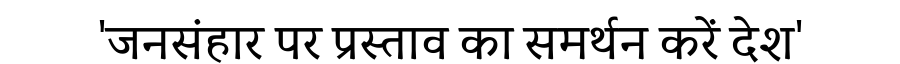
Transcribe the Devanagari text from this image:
'जनसंहार पर प्रस्ताव का समर्थन करें देश'